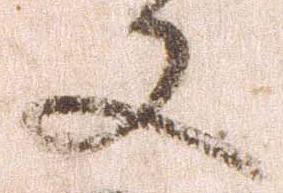
又